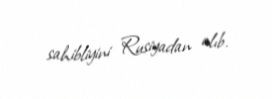
sahibliyini Rusiyadan alıb.